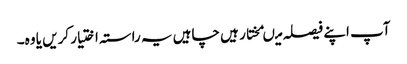
آپ اپنے فیصلہ میںمختار ہیں چاہیں یہ راستہ اختیار کریں یا وہ۔